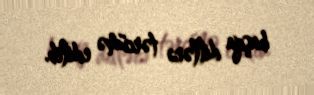
başqa dillərə tərcümə edilib.